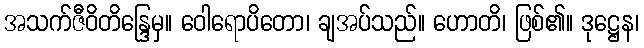
အသက်ဇီဝိတိန္ဒြေမှ။ ဝေါရောပိတော၊ ချအပ်သည်။ ဟောတိ၊ ဖြစ်၏။ ဒုဋ္ဌေန၊